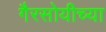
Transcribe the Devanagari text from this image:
गैरसोयीच्या